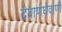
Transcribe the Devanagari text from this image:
देवाणघेवाणी